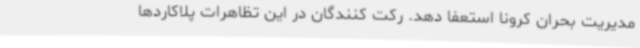
مدیریت بحران کرونا استعفا دهد. رکت کنندگان در این تظاهرات پلاکاردها